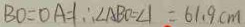
B O = O A = 1 \therefore \angle A B O = \angle 1 = 6 1 . 9 c m